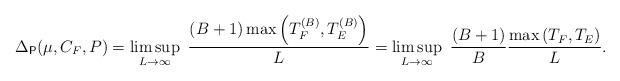
LaTeX: \begin{align*}\Delta_{\mathsf{P}}(\mu,C_F,P) &= \limsup_{L\rightarrow\infty}~ \frac{(B+1)\max\left(T_F^{(B)}, T_E^{(B)}\right)}{L} = \limsup_{L\rightarrow\infty}~\frac{(B+1)}{B}\frac{\max\left(T_F,T_E\right)}{L}.\end{align*}